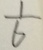
\frac { 1 } { 6 }